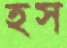
হস